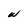
Character: w